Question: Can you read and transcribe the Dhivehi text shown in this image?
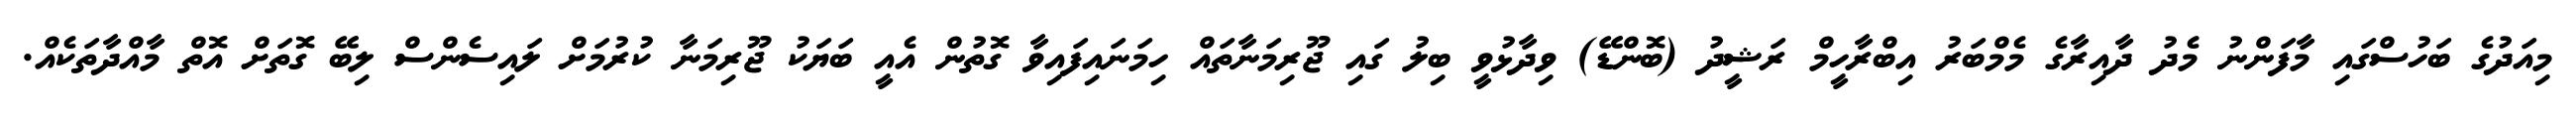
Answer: މިއަދުގެ ބަހުސްގައި މާފަންނު މެދު ދާއިރާގެ މެމްބަރު އިބްރާހީމް ރަޝީދު (ބޮންޑޭ) ވިދާޅުވީ ބިލު ގައި ޖޫރިމަނާތައް ހިމަނައިފައިވާ ގޮތުން އެއީ ބަޔަކު ޖޫރިމަނާ ކުރުމަށް ލައިސެންސް ލިބޭ ގޮތަށް އޮތް މާއްދާތަކެއް.